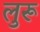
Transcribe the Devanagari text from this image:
लुरू